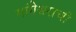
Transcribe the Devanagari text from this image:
गांगेश्वराची